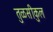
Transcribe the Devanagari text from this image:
तुळसीकुल